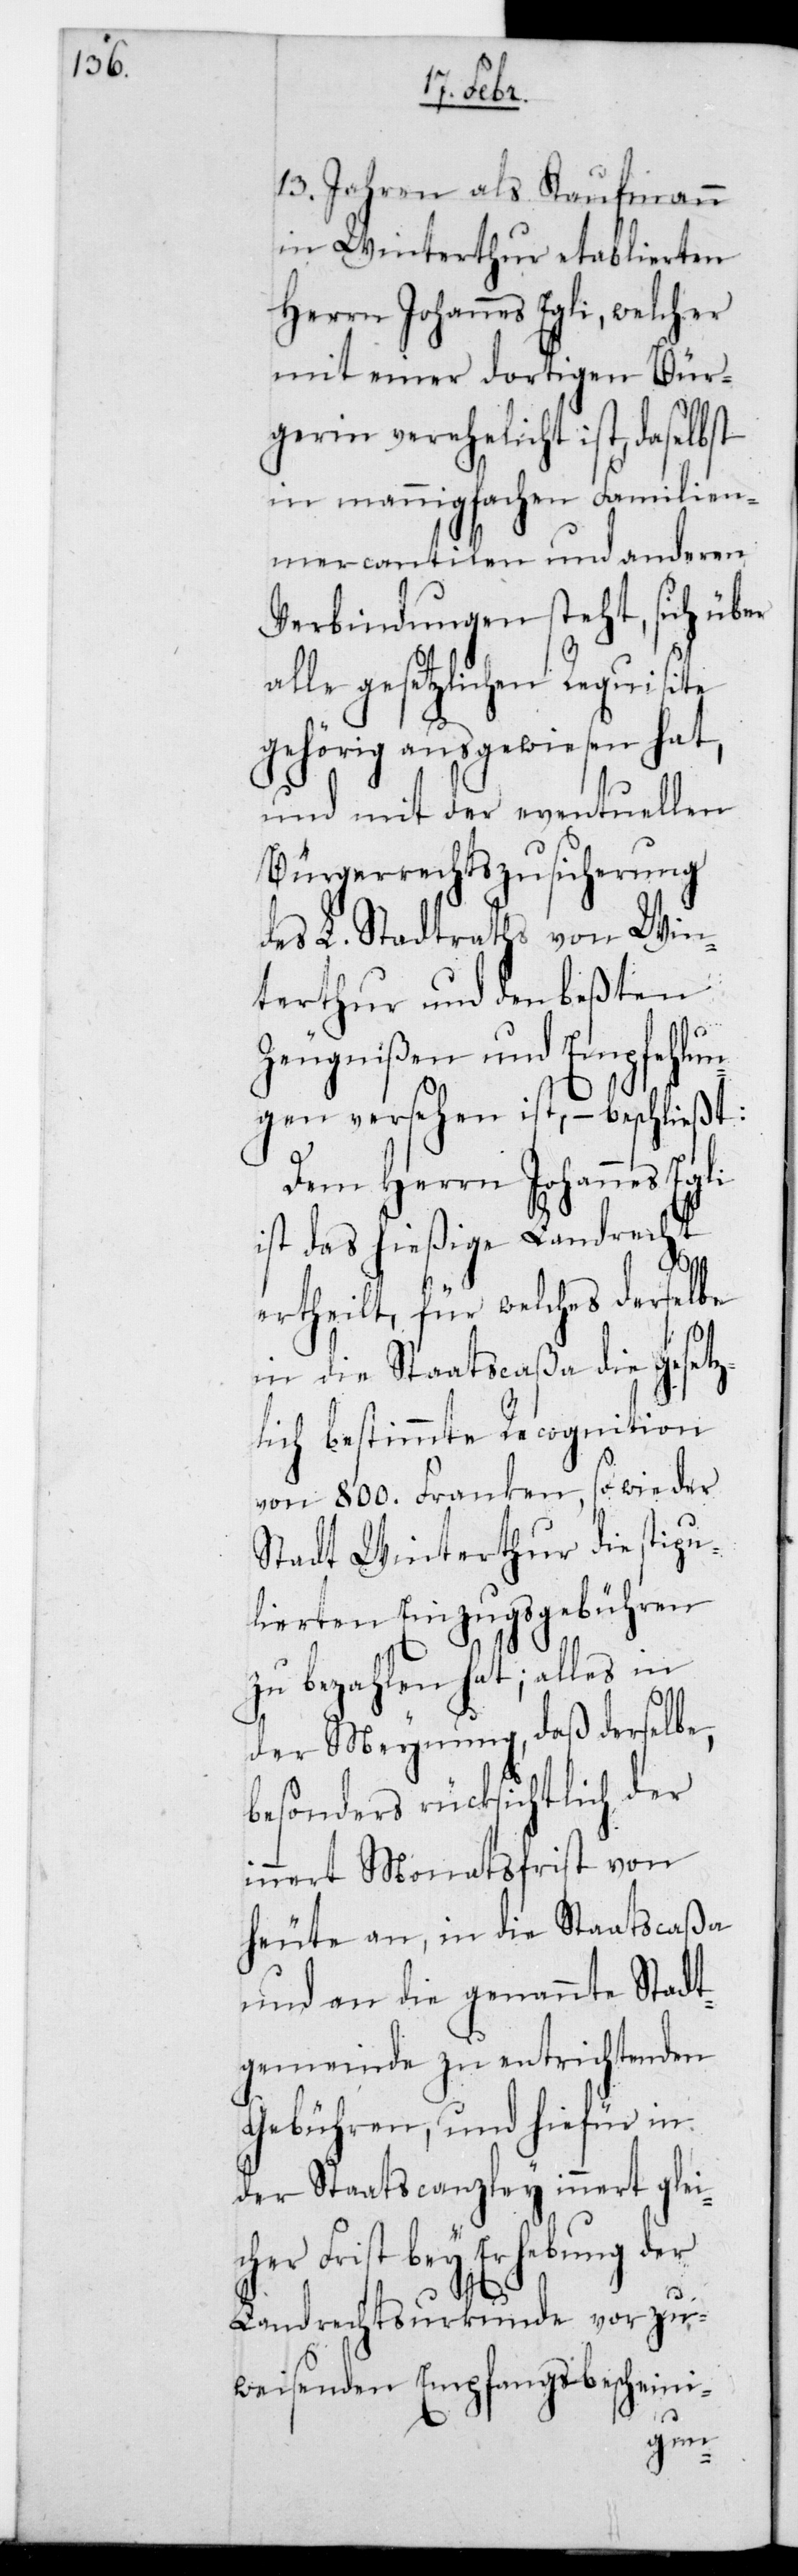
13. Jahren als Kaufmann
in Winterthur etablierten
Herrn Johannes Egli, welcher
mit einer dortigen Bür¬
gerin verehelicht ist, daselbst
in mannigfachen Familien¬
mercantilen und anderen
Verbindungen steht, sich über
alle gesetzlichen Requisite
gehörig ausgewiesen hat,
und mit der eventuellen
Bürgerrechtszusicherung
des L. Stadtraths von Win¬
terthur und den beßten
Zeugnißen und Empfehlu¬
gen versehen ist, – beschließt:
Dem Herrn Johannes Egli
ist das hießige Landrecht
ertheilt, für welches derselbe
in die Staatscaßa die gesetz¬
lich bestimmte Recognition
von 800. Franken, sowie der
Stadt Winterthur die stipu¬
lierten Einzugsgebühren
zu bezahlen hat; alles in
der Meynung, daß derselbe,
besonders rücksichtlich der
innert Monatsfrist von
heute an, in die Staatscaßa
und an die genannte Stadt¬
gemeinde zu entrichtenden
Gebühren, und hiefür in
der Staatscanzley innert glei¬
Frist bey Erhebung der
Landrechtsurkunde vorzu¬
weisenden Empfangsbescheini-
cher